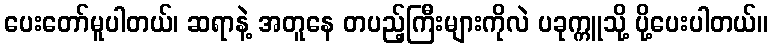
ပေးတော်မူပါတယ်၊ ဆရာနဲ့ အတူနေ တပည့်ကြီးများကိုလဲ ပခုက္ကူသို့ ပို့ပေးပါတယ်။